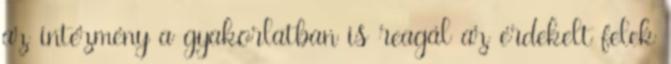
az intézmény a gyakorlatban is reagál az érdekelt felek